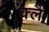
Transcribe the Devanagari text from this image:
क्लै